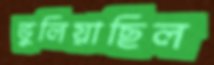
ভুলিয়াছিল